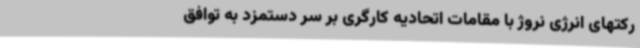
رکتهای انرژی نروژ با مقامات اتحادیه کارگری بر سر دستمزد به توافق